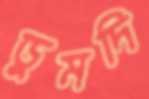
ডুমদি